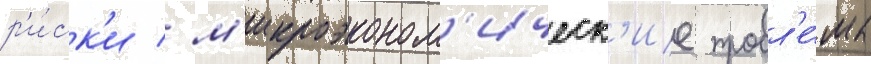
р'и́ск'и / м'икроэконом'ическ'ие пробл'е́мы